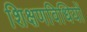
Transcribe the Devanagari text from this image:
शिक्षणविधियों